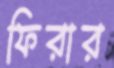
ফিরার